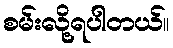
စမ်းလို့ရပါတယ်။